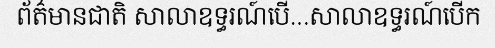
ព័ត៌មានជាតិ សាលាឧទ្ធរណ៍បើ...សាលាឧទ្ធរណ៍បើក